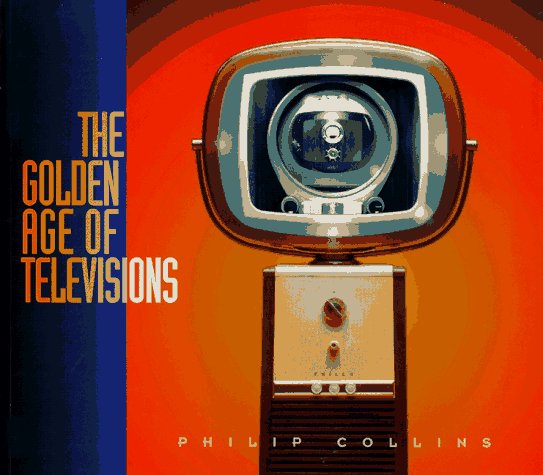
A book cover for The Golden Age of Televisions; Philip Collins; Crafts, Hobbies & Home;